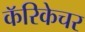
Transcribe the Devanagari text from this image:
कॅरिकेचर